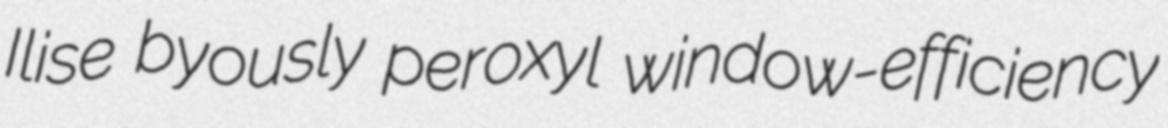
Ilise byously peroxyl window-efficiency